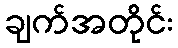
ချက်အတိုင်း